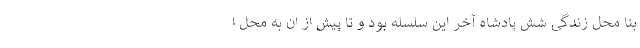
بنا محل زندگی شش پادشاه آخر این سلسله بود و تا پیش از ان به محل ا